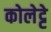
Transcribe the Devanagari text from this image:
कोलेट्टे